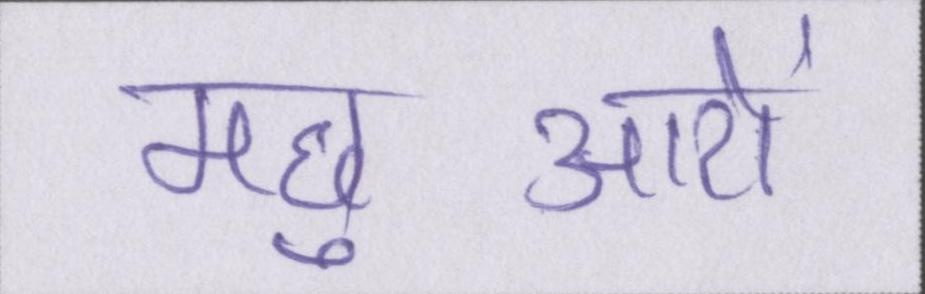
मछुआरों